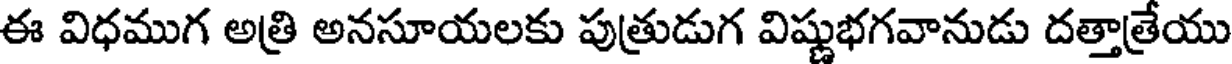
ఈ విధముగ అత్రి అనసూయలకు పుత్రుడుగ విష్ణుభగవానుడు దత్తాత్రేయు